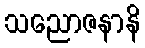
သညောဇနာနိ